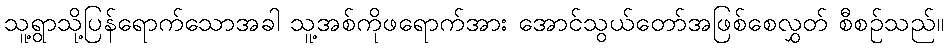
သူ့ရွာသို့ပြန်ရောက်သောအခါ သူ့အစ်ကိုဖရောက်အား အောင်သွယ်တော်အဖြစ်စေလွှတ် စီစဉ်သည်။